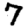
Digit: 7